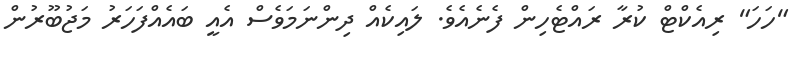
"ހަހަ" ރިއެކްޓް ކުރާ ރައްޓެހިން ފެނެއެވެ. ލައިކެއް ދިންނަމަވެސް އެއީ ބައެއްފަހަރު މަޖުބޫރުން